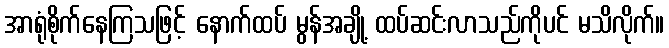
အာရုံစိုက်နေကြသဖြင့် နောက်ထပ် မွန်အချို့ ထပ်ဆင်းလာသည်ကိုပင် မသိလိုက်။